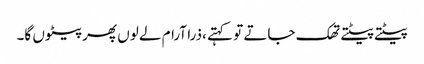
پیٹتے پیٹتے تھک جاتے تو کہتے ،ذرا آرام لے لوں پھر پیٹوں گا۔